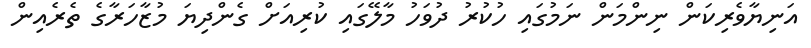
އަނިޔާވެރިކަން ނިންމަން ނަމުގައި ހުކުރު ދުވަހު މާލޭގައި ކުރިއަށް ގެންދިޔަ މުޒާހަރާގެ ތެރެއިން